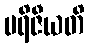
ပရိဇီယတိ